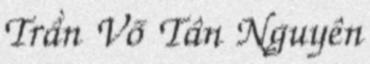
Trần Võ Tân Nguyên